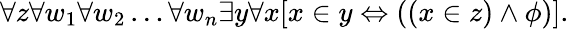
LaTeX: \forall z\forall w_{1}\forall w_{2}\ldots\forall w_{n}\exists y\forall x[x\in y\Leftrightarrow((x\in z)\land\phi)].